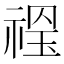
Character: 𥚼